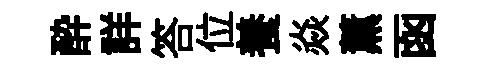
酔詳答位養焱薰函